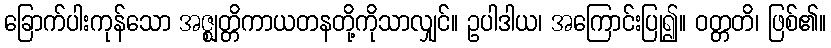
ခြောက်ပါးကုန်သော အဇ္ဈတ္တိကာယတနတို့ကိုသာလျှင်။ ဥပါဒါယ၊ အကြောင်းပြု၍။ ဝတ္တတိ၊ ဖြစ်၏။